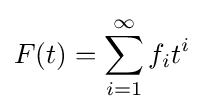
F(t)=\sum _{i=1}^{\infty }f_{i}t^{i}